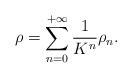
LaTeX: \begin{align*} \rho = \sum_{n = 0}^{+\infty} \frac 1{K^n}\rho_n.\end{align*}